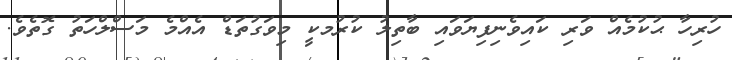
ހުރިހާ ޙުކުމެއް ވަރި ކައިވެނިފިޔަވައި ބާތިލު ކުރުމކީ މިވަގުތަޑް އެއްމެ މަސްލްހަތު ގޮތެވެ.